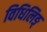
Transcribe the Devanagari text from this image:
विधिलिङ्